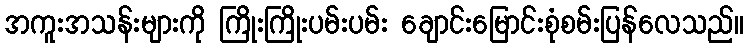
အကူးအသန်းများကို ကြိုးကြိုးပမ်းပမ်း ချောင်းမြောင်းစုံစမ်းပြန်လေသည်။